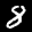
Label: 8